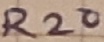
Text: R20